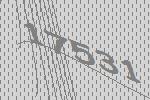
17531